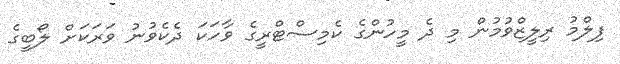
ފިލްމު ރިލީޒްވުމުން މި ދެ މީހުންގެ ކެމިސްޓްރީގެ ވާހަކަ ދެކެވުނު ވަރަކަށް ލޯބީގެ